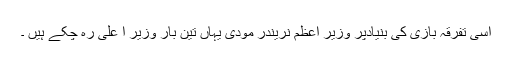
اسی تفرقہ بازی کی بنیادپر وزیر اعظم نریندر مودی یہاں تین بار وزیر ا علیٰ رہ چکے ہیں ۔